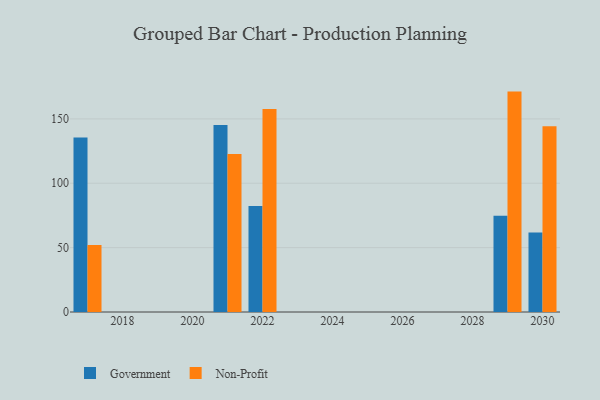
{"axis": {"x": "Year", "y": "LTV (USD)"}, "legend": ["Government", "Non-Profit"], "data": [{"x": "2022", "y": 82.3, "type": "Government"}, {"x": "2022", "y": 157.7, "type": "Non-Profit"}, {"x": "2030", "y": 61.7, "type": "Government"}, {"x": "2030", "y": 144.2, "type": "Non-Profit"}, {"x": "2029", "y": 74.7, "type": "Government"}, {"x": "2029", "y": 171.2, "type": "Non-Profit"}, {"x": "2017", "y": 135.5, "type": "Government"}, {"x": "2017", "y": 52.0, "type": "Non-Profit"}, {"x": "2021", "y": 145.2, "type": "Government"}, {"x": "2021", "y": 122.7, "type": "Non-Profit"}]}